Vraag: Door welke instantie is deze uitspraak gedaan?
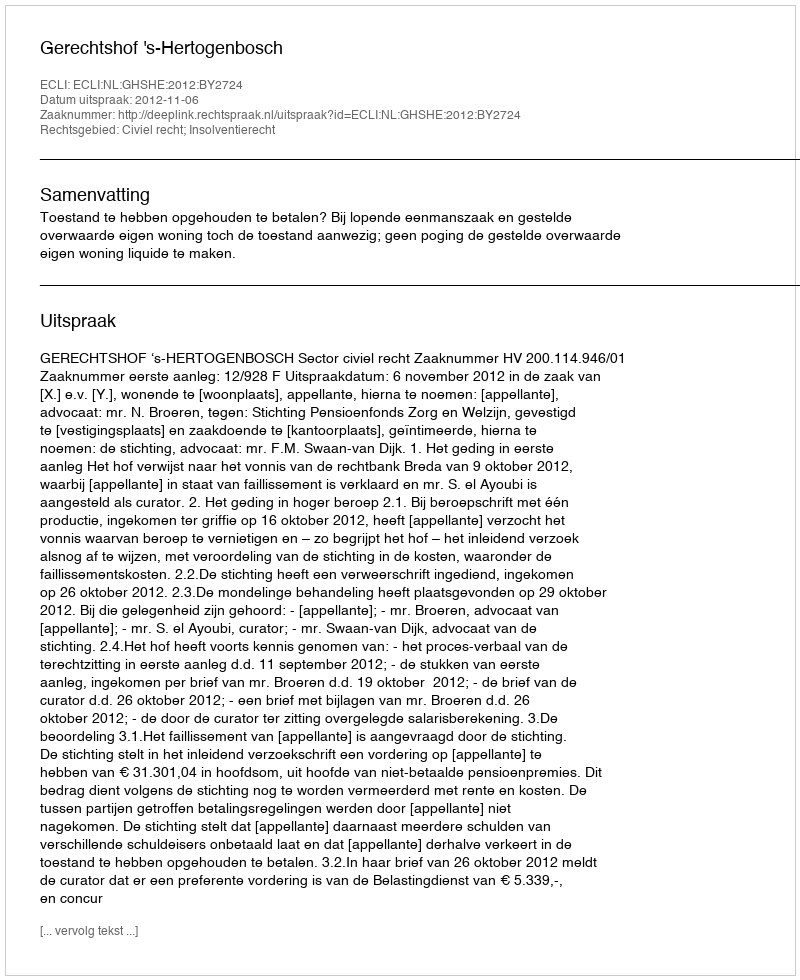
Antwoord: Gerechtshof 's-Hertogenbosch